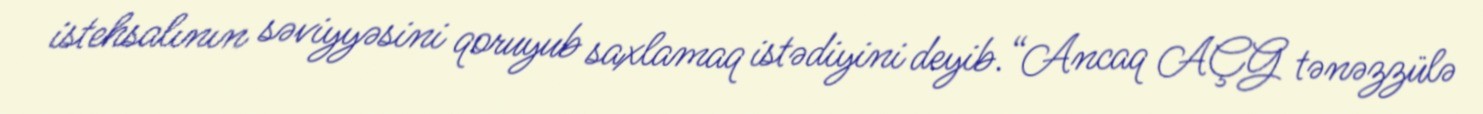
istehsalının səviyyəsini qoruyub saxlamaq istədiyini deyib.“Ancaq AÇG tənəzzülə